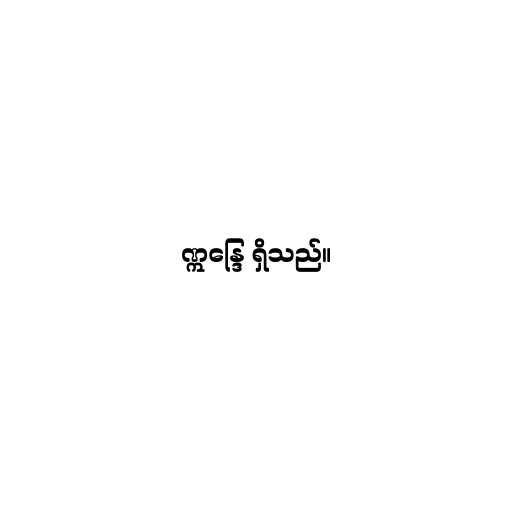
ဣန္ဒြေ ရှိသည်။